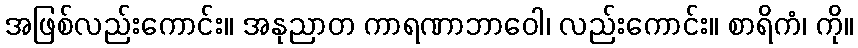
အဖြစ်လည်းကောင်း။ အနုညာတ ကာရဏာဘာဝေါ၊ လည်းကောင်း။ စာရိကံ၊ ကို။